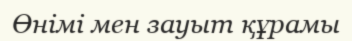
Өнімі мен зауыт құрамы